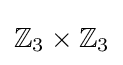
\mathbb {Z} _{3}\times \mathbb {Z} _{3}